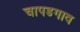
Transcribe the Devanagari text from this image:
चापडगाव